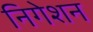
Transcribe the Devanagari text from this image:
निगेशन